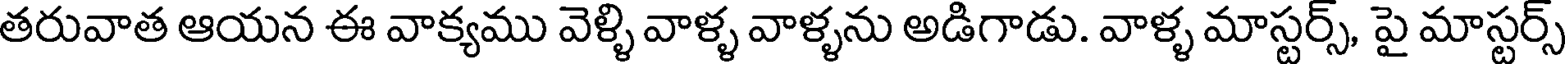
తరువాత ఆయన ఈ వాక్యము వెళ్ళి వాళ్ళ వాళ్ళను అడిగాడు. వాళ్ళ మాస్టర్స్, పై మాస్టర్స్